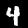
Digit: 4